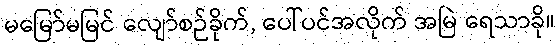
မမြော်မမြင် လျော်စဉ်ခိုက်, ပေါ်ပင်အလိုက် အမြဲ ရေသာခို။